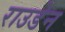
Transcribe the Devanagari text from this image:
राउडेन